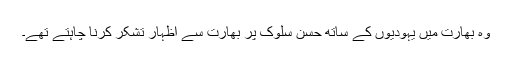
وہ بھارت میں یہودیوں کے ساتھ حسن سلوک پر بھارت سے اظہار تشکر کرنا چاہتے تھے۔